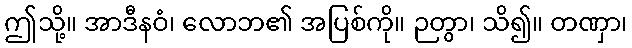
ဤသို့။ အာဒီနဝံ၊ လောဘ၏ အပြစ်ကို။ ဉတွာ၊ သိ၍။ တဏှာ၊